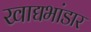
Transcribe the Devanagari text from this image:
खाद्यभांडार